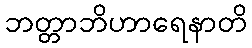
ဘတ္တာဘိဟာရေနာတိ